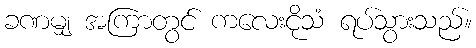
ခဏမျှ အကြာတွင် ကလေးငိုသံ ရပ်သွားသည်။